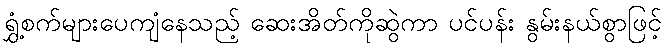
ရွှံ့စက်များပေကျံနေသည့် ဆေးအိတ်ကိုဆွဲကာ ပင်ပန်း နွမ်းနယ်စွာဖြင့်